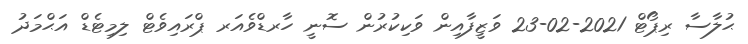
ޙުލާސާ ރިޕޯޓް 2021-02-23 ވަޒީފާއިން ވަކިކުރުން ސޮނީ ހާރޑްވެއަރ ޕްރައިވެޓް ލިމިޓެޑް އަޙްމަދު